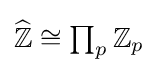
\textstyle {\widehat {\mathbb {Z} }}\cong \prod _{p}\mathbb {Z} _{p}